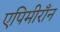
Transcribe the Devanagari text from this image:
एपिमीराँन